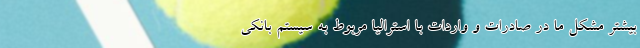
بیشتر مشکل ما در صادرات و واردات با استرالیا مربوط به سیستم بانکی